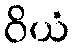
ဝိယံ